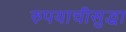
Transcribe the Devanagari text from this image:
रुपयाचीसुद्धा